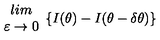
\begin{array} { c } { l i m } \\ { \varepsilon \rightarrow 0 } \\ \end{array} \{ I ( \theta ) - I ( \theta - \delta \theta ) \}